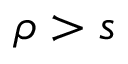
\rho > s